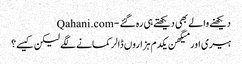
دیکھنے والے بھی دیکھتے ہی رہ گئے - Qahani.com
ہیری اور میگھن یکدم ہزاروں ڈالر کمانے لگے لیکن کیسے؟